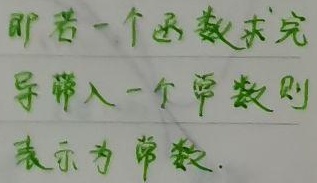
即若一个函数求完
导带入一个常数则
表示为常数.